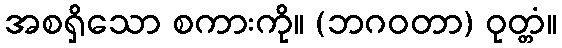
အစရှိသော စကားကို။ (ဘဂဝတာ) ဝုတ္တံ။